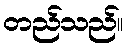
တည်သည်။